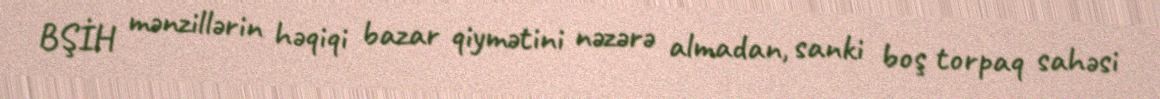
BŞİH mənzillərin həqiqi bazar qiymətini nəzərə almadan, sanki boş torpaq sahəsi